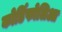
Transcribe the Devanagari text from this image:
कोर्डिफोलिआ